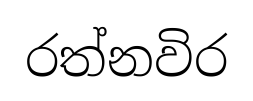
රත්නවිර